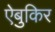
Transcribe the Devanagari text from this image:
ऐबुकिर